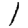
Digit: 1